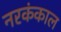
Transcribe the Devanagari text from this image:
नरकंकाल